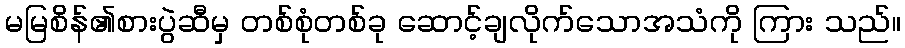
မမြစိန်၏စားပွဲဆီမှ တစ်စုံတစ်ခု ဆောင့်ချလိုက်သောအသံကို ကြား သည်။